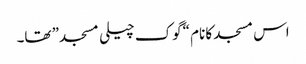
اس مسجد کا نام “گوک چیلی مسجد” تھا۔